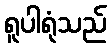
ရူပါရုံသည်